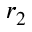
r _ { 2 }